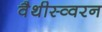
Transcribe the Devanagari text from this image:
वैथीस्व्वरन